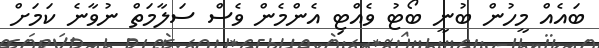
ބައެއް މީހުން ބުނީ ބޯޓު ވެއްޓި އެންމެން ވެސް ސަލާމަތް ނުވާނެ ކަމަށް